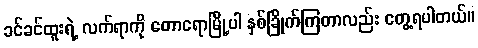
ခင်ခင်ထူးရဲ့ လက်ရာကို တောရောမြို့ပါ နှစ်ခြိုက်ကြတာလည်း တွေ့ရပါတယ်။